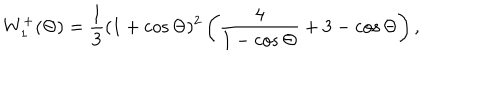
LaTeX: W _ { 1 } ^ { + } ( \Theta ) = \frac { 1 } { 3 } ( 1 + \cos \Theta ) ^ { 2 } \left( \frac { 4 } { 1 - \cos \Theta } + 3 - \cos \Theta \right) ,